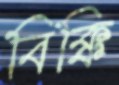
বিক্কি